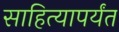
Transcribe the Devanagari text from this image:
साहित्यापर्यंत